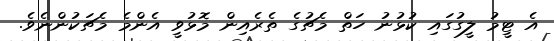
އެ ޓީމު ލީގުގައި ކުޅުނު ހަތް މެޗުގެ ތެރެއިން މޮޅުވީ އެންމެ މެޗަކުންނެވެ.